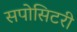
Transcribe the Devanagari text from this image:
सपोसिटरी